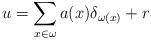
LaTeX: \begin{align*}u=\sum_{x\in \omega} a(x)\delta_{\omega(x)} + r\end{align*}